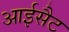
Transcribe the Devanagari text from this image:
आईसैट